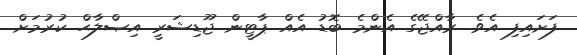
ފަށައިފި އެވެ. ރާއްޖޭގެ އެންމެ ބޮޑު އެއް ޕާޓީން ޖޫޑިޝަރީ އިޞްލާޙް ކުރުމަށް